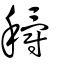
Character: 穱